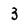
Character: 3